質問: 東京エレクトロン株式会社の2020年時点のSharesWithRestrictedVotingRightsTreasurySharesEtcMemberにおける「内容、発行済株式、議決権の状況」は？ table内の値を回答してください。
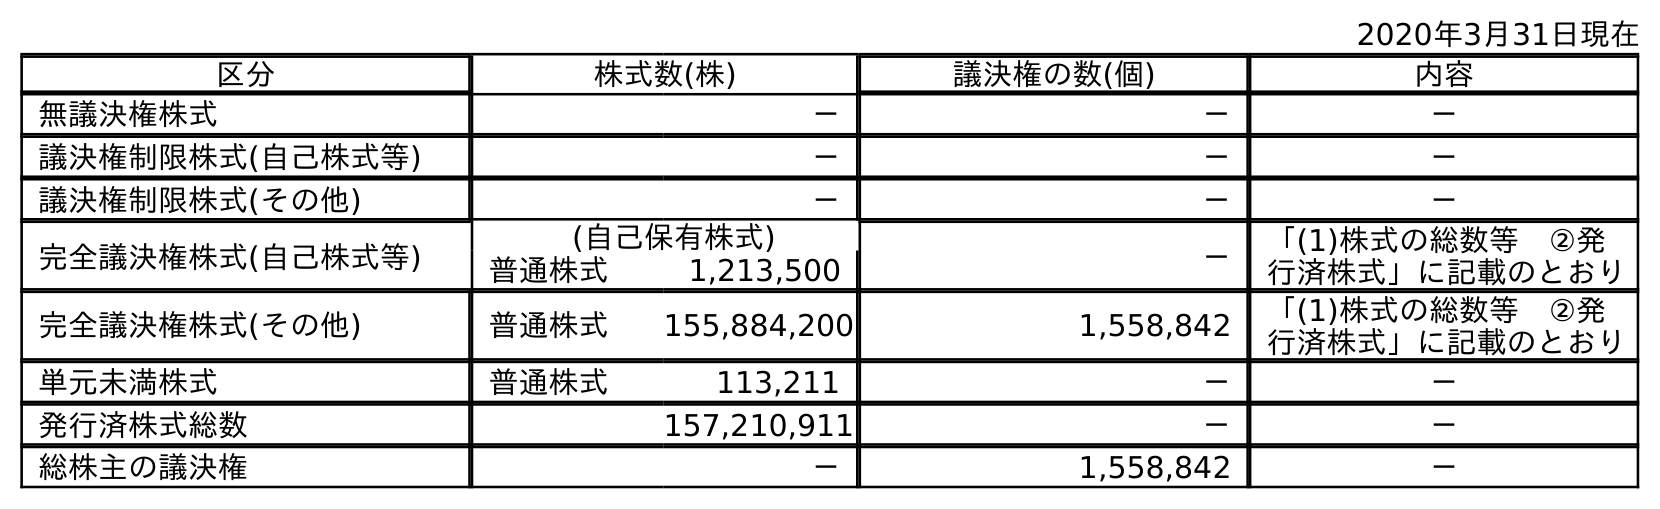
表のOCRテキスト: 2020年3月31日現在 区分 株式数(株) 議決権の数(個) 内容 無議決権株式 － － － 議決権制限株式(自己株式等) － － － 議決権制限株式(その他) － － － 完全議決権株式(自己株式等) (自己保有株式) － 「(1)株式の総数等 ②発 行済株式」に記載のとおり 普通株式 1,213,500 完全議決権株式(その他) 普通株式 155,884,200 1,558,842 「(1)株式の総数等 ②発 行済株式」に記載のとおり 単元未満株式 普通株式 113,211 － － 発行済株式総数 157,210,911 － － 総株主の議決権 － 1,558,842 －
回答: －